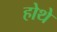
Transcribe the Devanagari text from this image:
होथे